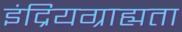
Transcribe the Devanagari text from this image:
इंद्रियग्राह्यता